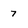
Character: 7